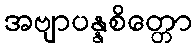
အဗျာပန္နစိတ္တော